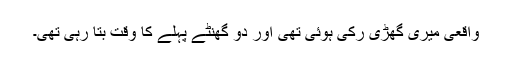
واقعی میری گھڑی رکی ہوئی تھی اور دو گھنٹے پہلے کا وقت بتا رہی تھی۔